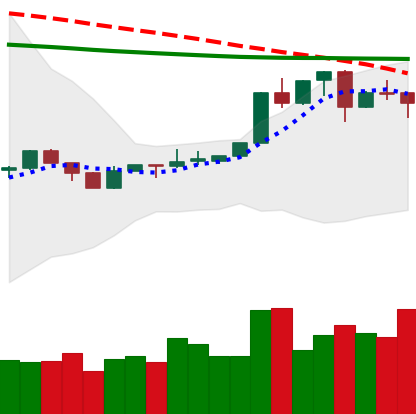
Ticker: XLM-USD
Chart end date: 2020-04-13
Forward return: 4.473%
Label: up_3_5